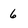
Character: 6